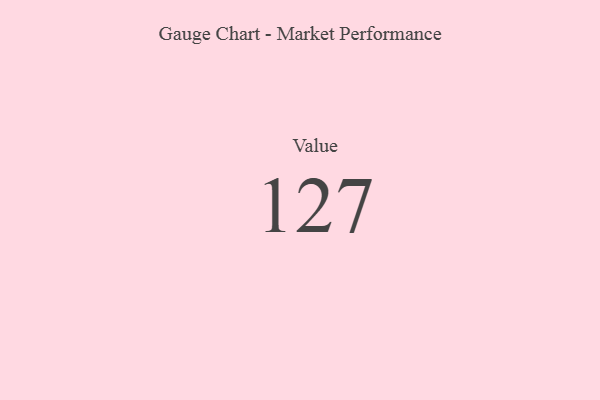
{"axis": {"x": "Metric", "y": "Value"}, "legend": [""], "data": [{"x": "Value", "y": 127, "type": ""}]}